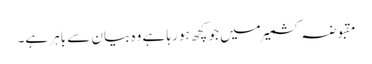
مقبوضہ کشمیر میں جو کچھ ہو رہا ہے وہ بیان سے باہر ہے۔